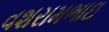
વશરામભાઇ